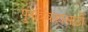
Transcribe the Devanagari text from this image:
पुनर्विवाहासाठी